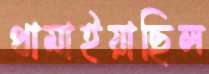
থামাইয়াছিল